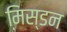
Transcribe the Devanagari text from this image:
मिस्डन